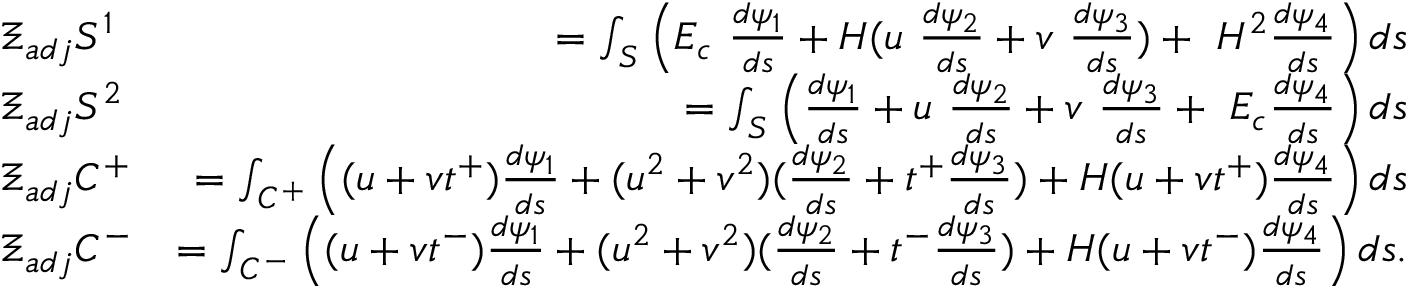
\begin{array} { r l r } & { \Xi _ { a d j } S ^ { 1 } } & { = \int _ { \cal S } \left( E _ { c } ~ \frac { d \psi _ { 1 } } { d s } + H ( u ~ \frac { d \psi _ { 2 } } { d s } + v ~ \frac { d \psi _ { 3 } } { d s } ) + ~ H ^ { 2 } \frac { d \psi _ { 4 } } { d s } \right) d s } \\ & { \Xi _ { a d j } S ^ { 2 } } & { = \int _ { \cal S } \left( \frac { d \psi _ { 1 } } { d s } + u ~ \frac { d \psi _ { 2 } } { d s } + v ~ \frac { d \psi _ { 3 } } { d s } + ~ E _ { c } \frac { d \psi _ { 4 } } { d s } \right) d s } \\ & { \Xi _ { a d j } C ^ { + } } & { = \int _ { { \cal C } ^ { + } } \left( ( u + v t ^ { + } ) \frac { d \psi _ { 1 } } { d s } + ( u ^ { 2 } + v ^ { 2 } ) ( \frac { d \psi _ { 2 } } { d s } + t ^ { + } \frac { d \psi _ { 3 } } { d s } ) + H ( u + v t ^ { + } ) \frac { d \psi _ { 4 } } { d s } \right) d s } \\ & { \Xi _ { a d j } C ^ { - } } & { = \int _ { { \cal C } ^ { - } } \left( ( u + v t ^ { - } ) \frac { d \psi _ { 1 } } { d s } + ( u ^ { 2 } + v ^ { 2 } ) ( \frac { d \psi _ { 2 } } { d s } + t ^ { - } \frac { d \psi _ { 3 } } { d s } ) + H ( u + v t ^ { - } ) \frac { d \psi _ { 4 } } { d s } \right) d s . } \end{array}